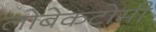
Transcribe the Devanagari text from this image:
लोबेकटोमी